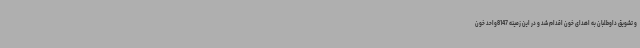
و تشویق داوطلبان به اهدای خون اقدام شد و در این زمینه 8147واحد خون